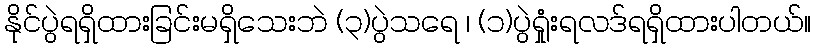
နိုင်ပွဲရရှိထားခြင်းမရှိသေးဘဲ (၃)ပွဲသရေ ၊ (၁)ပွဲရှုံးရလဒ်ရရှိထားပါတယ်။